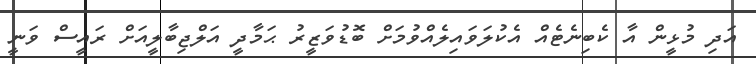
އަދި މުޅީން އާ ކެބިނެޓެއް އެކުލަވައިލެއްވުމަށް ބޮޑުވަޒީރު ޙަމާދީ އަލްޖިބާލީއަށް ރައީސް ވަނީ